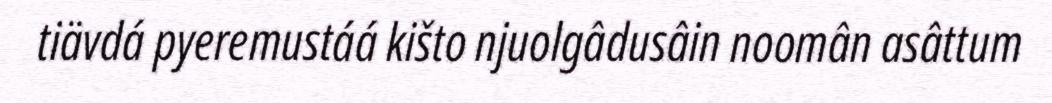
tiävdá pyeremustáá kišto njuolgâdusâin noomân asâttum